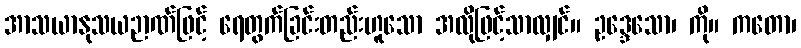
အာသယာနုသယဉာဏ်ဖြင့် ရေတွက်ခြင်းတည်းဟူသော အလိုဖြင့်သာလျှင်။ ဥဒ္ဒေသော၊ ကို။ ကတော၊